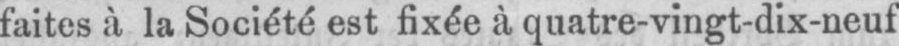
faites à la Société est fixée à quatre-vingt-dix-neuf